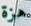
هزة